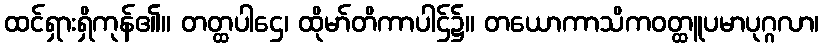
ထင်ရှားရှိကုန်၏။ တတ္ထပါဌေ၊ ထိုမာ်တိကာပါဌ်၌။ တယောကာသိကဝတ္ထူပမာပုဂ္ဂလာ၊